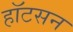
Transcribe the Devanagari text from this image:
हॉटसन